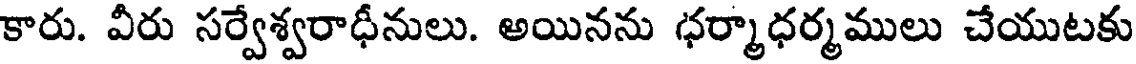
కారు. వీరు సర్వేశ్వరాధీనులు. అయినను ధర్మాధర్మములు చేయుటకు